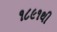
૧૮૯૧થી